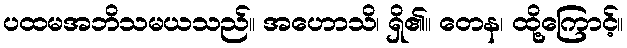
ပထမအဘိသမယသည်။ အဟောသိ၊ ရှိ၏။ တေန၊ ထို့ကြောင့်။